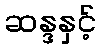
ဆန္ဒနှင့်